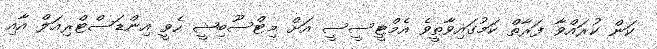
ކަން ކުރައްވާ ފަރާތް ކަމުގައިވާތީވެ އެމްޓީސީސީ އަށް މިޓްސޫބިޝީ ހެވީ އިންޑަސްޓްރިއަލް އާއި